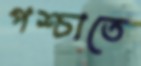
পশ্চাতে